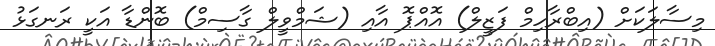
މިސާލަކަށް (އިބްރާހިމް ފަޒީލް) އޮއްޕޮ އާއި (ޝަމްވީލް ގާސިމް) ބޮންޑާ އަކީ ރަނގަޅު